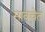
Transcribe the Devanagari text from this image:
सावचेत